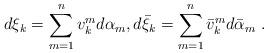
LaTeX: \begin{align*} d\xi_k=\sum_{m=1}^n v^m_k d\alpha_m , d\bar\xi_k=\sum_{m=1}^n \bar v^m_k d\bar\alpha_m \ .\end{align*}